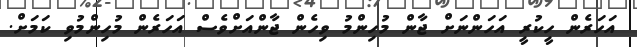
އަހަރެން ހީކުރީ އަހަންނަށް ޖާން މުހިންމު ވިހެން ޖާންއަށްވެސް އަހަރެން މުހިންމުވި ކަމަށް.